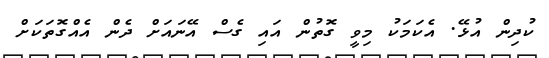
ކުދިން އުޅޭ. އެކަމަކު މިވީ ގޮތުން އައި ގެސް އޭނައަށް ދެން އެއްގޮތަކަށް